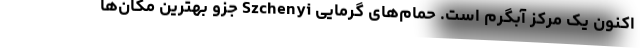
اکنون یک مرکز آبگرم است. حمام‌های گرمایی Szchenyi جزو بهترین مکان‌ها